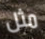
مثل